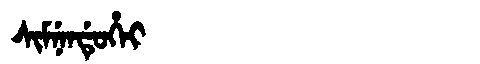
Manchu: ᠰᡳᠮᠨᡝᠨᡩᡠᡥᡝᡳ
Romanization: SIMNENDUHEI